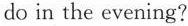
do in the evening?